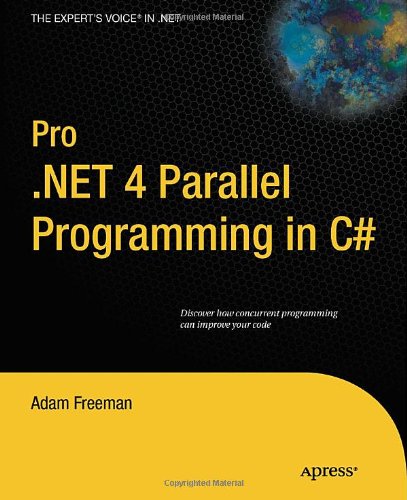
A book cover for Pro .NET 4 Parallel Programming in C# (Expert's Voice in .NET); Adam Freeman; Computers & Technology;